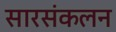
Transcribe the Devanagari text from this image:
सारसंकलन